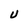
Character: u